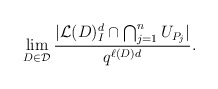
\begin{align*} \lim_{D \in \mathcal{D}} \frac{\vert \mathcal{L}(D)_I^d \cap \bigcap_{j=1}^n U_{P_j}\vert }{ q^{\ell(D)d}}. \end{align*}